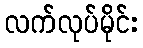
လက်လုပ်မိုင်း